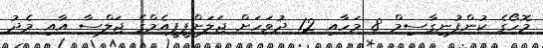
މޮހޯގެ ކުންފުނިގާސިމް 8 މަހާއި 12 ދުވަހަށް ޖަލަށްޕީޕީއެމްގެ ޖަލްސާ އާއި މެދު